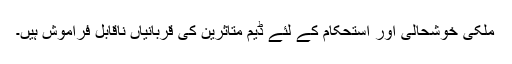
ملکی خوشحالی اور استحکام کے لئے ڈیم متاثرین کی قربانیاں ناقابل فراموش ہیں۔